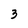
Character: 3